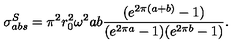
\sigma _ { a b s } ^ { S } = \pi ^ { 2 } r _ { 0 } ^ { 2 } \omega ^ { 2 } a b \frac { ( e ^ { 2 \pi ( a + b ) } - 1 ) } { ( e ^ { 2 \pi a } - 1 ) ( e ^ { 2 \pi b } - 1 ) } .